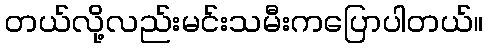
တယ်လို့လည်းမင်းသမီးကပြောပါတယ်။